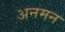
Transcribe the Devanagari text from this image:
अनमन